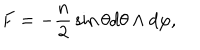
F = - { \frac { n } { 2 } } \sin \theta d \theta \wedge d \varphi ,